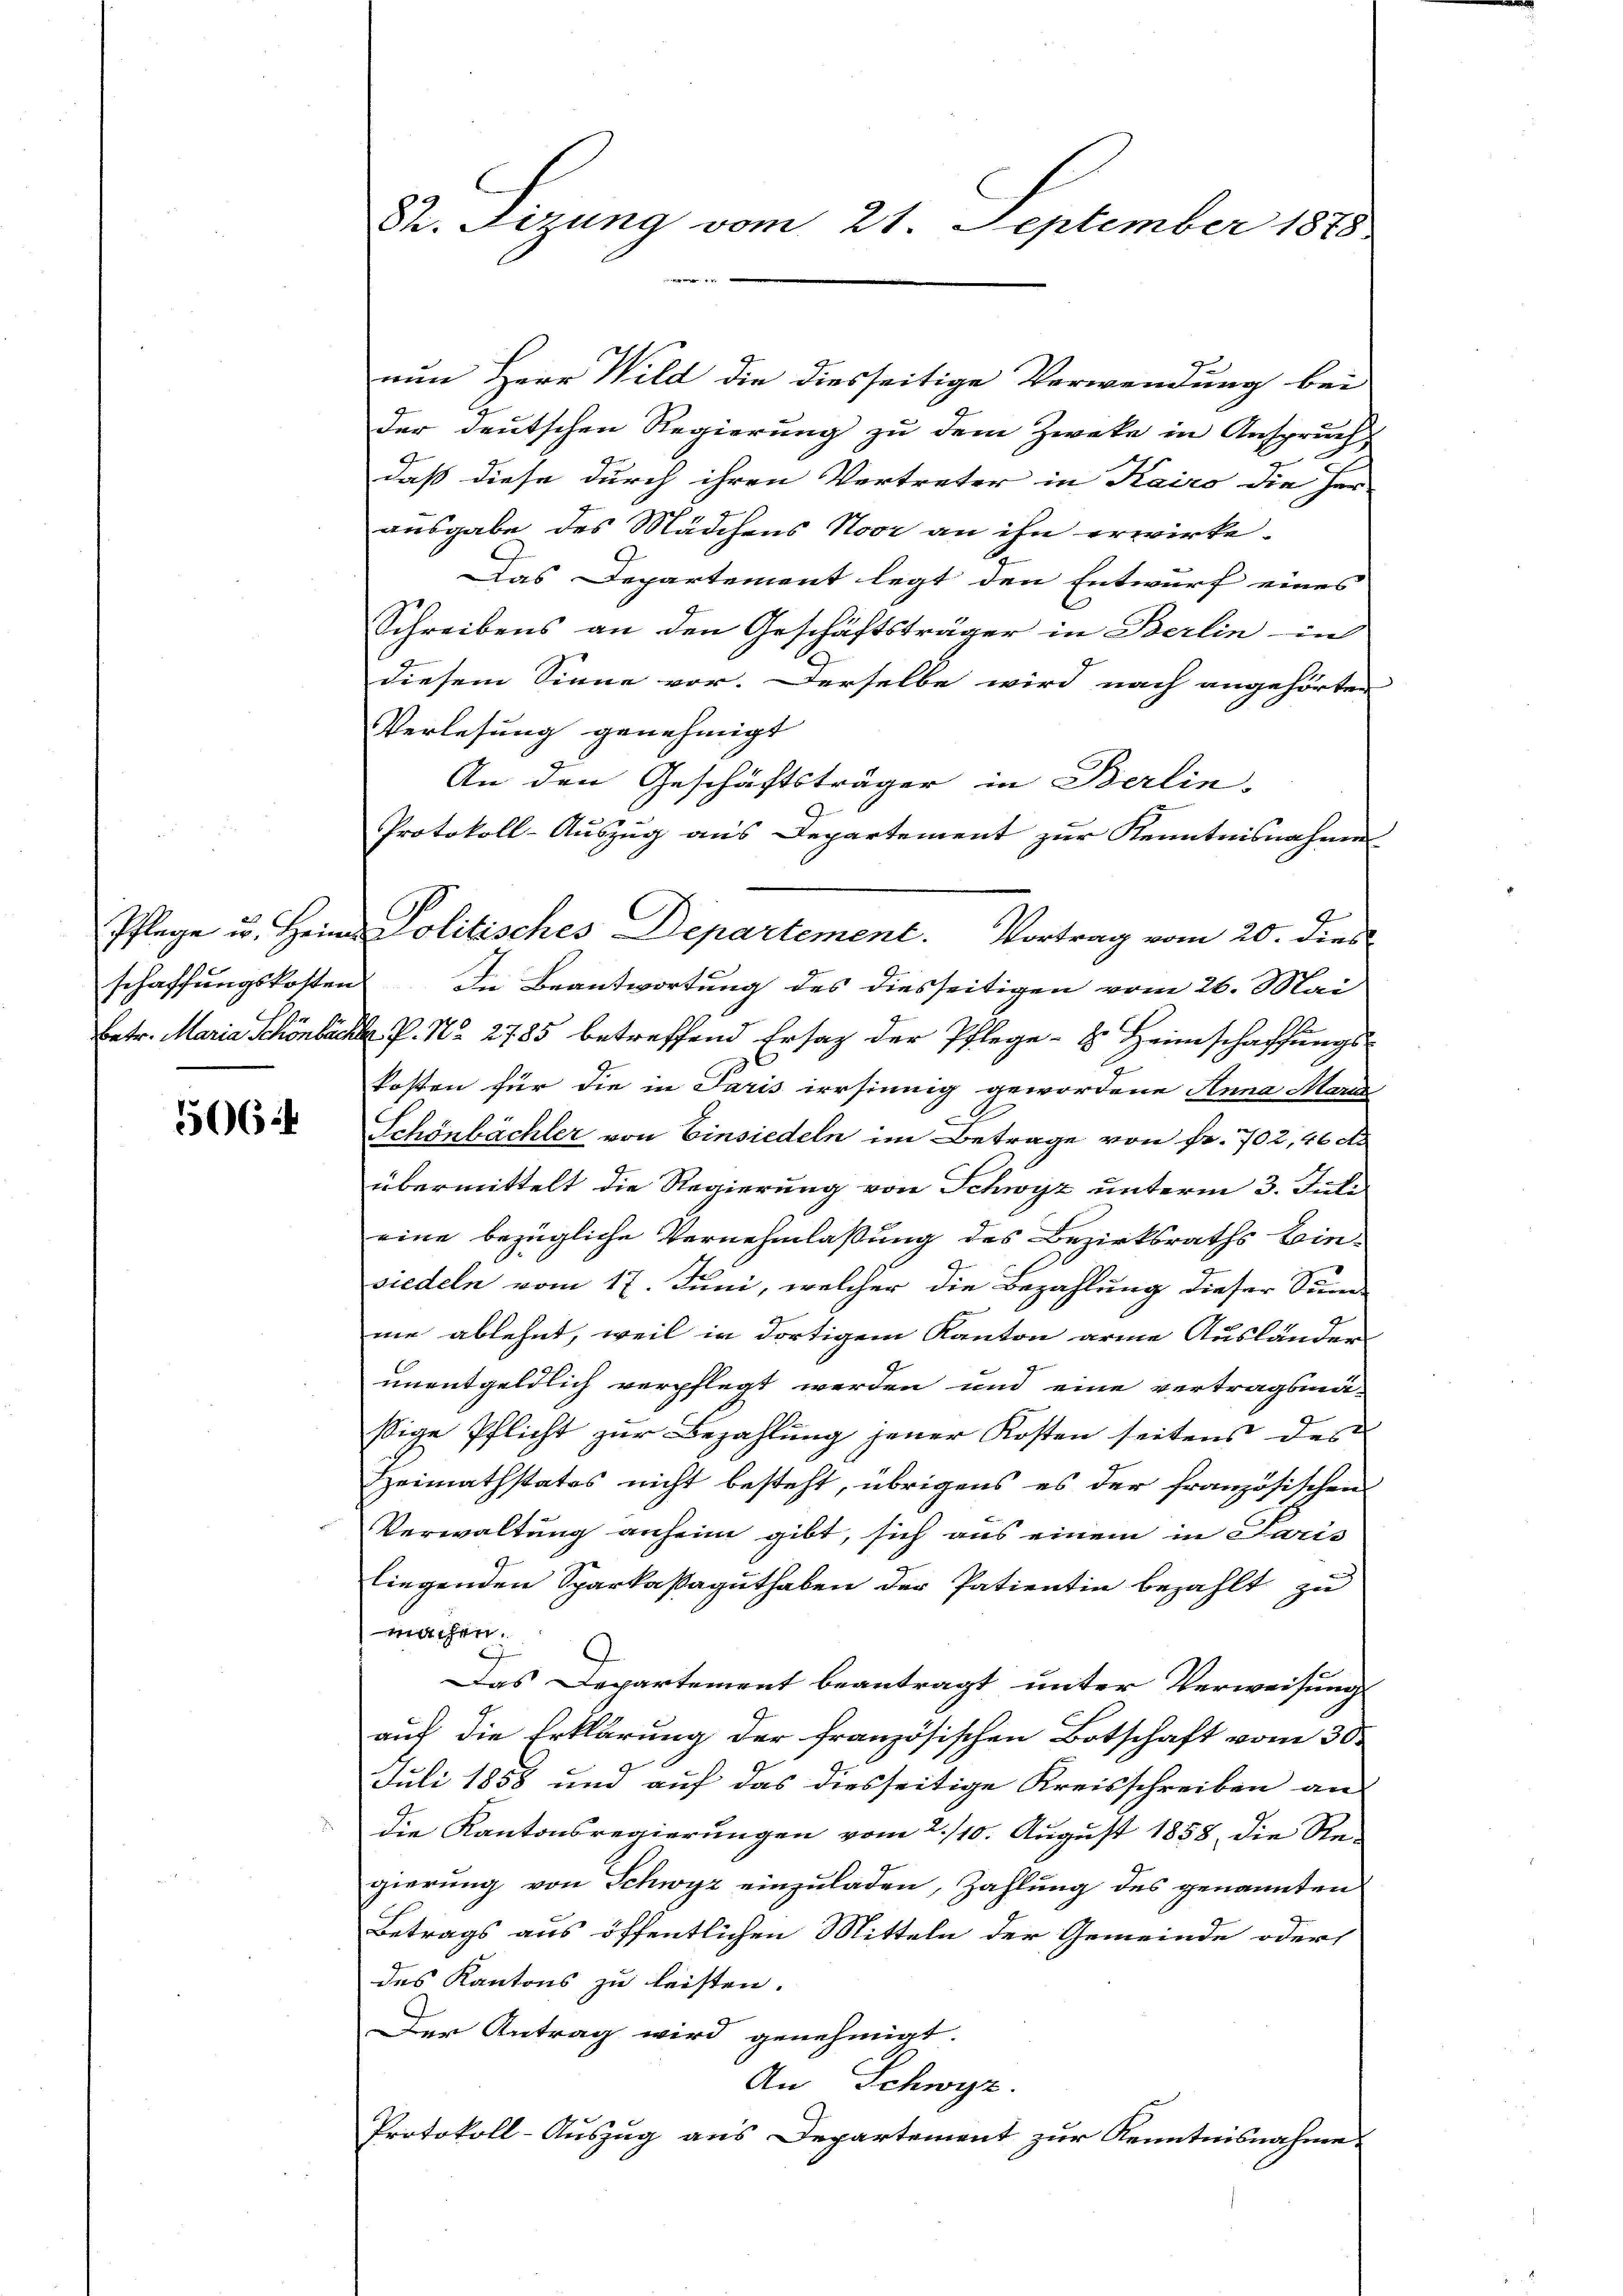
506

82. Sizung vom 21. September 1878
.

nun Herr Wild die diesseitige Verwendung bei
der deutschen Regierung zu dem Zweke in Anspruch
daß diese durch ihren Vertreter in Kairo die Her
ausgabe des Mädchens Noor an ihn erwirke.
.
Das Departement legt den Entwurf eines
Schreibens an den Geschäftsträger in Berlin in
diesem Sinne vor. Derselbe wird nach angehörten
Verlesung genehmigt |
An den Geschäftsträger in Berlin-
Protokoll-Auszug aus Departement zur Kenntnisnahme
9
schaffungskosten. In Beantwortung des diesseitigen vom 26. Mai
betr. Maria Schönbächl. P. Nr. 2785 betreffend Ersatz der Pflege - 8. Heimschaffungskosten für die in Paris irrsinnig gewordene Anna Marie
A
Schönbächler von Einsiedeln im Betrage von Fr. 702, 46 d
übermittelt die Regierung von Schwyz unterm 3. Juli
eine bezügliche Vernehmlassung des Bezirksraths Leinsiedeln vom 17. Juni, welcher die Bezahlung dieser Sund-
me ablehnt, weil in dortigem Kanton arme Ausländer
unentgeldlich verpflegt werden und eine vertragsmä-
sige Pflicht zur Bezahlung jener Kosten seitens des
Heimathstates nicht besteht, übrigens es der französischen
Verwaltung anheim gibt, sich aus einem in Paris
liegenden Sparkassaguthaben der Patientin bezahlt zu
machen.
A
Das Departement beantragt unter Verweisung
auf die Erklärung der französischen Botschaft vom 30.
Juli 1858 und auf das diesseitige Kreisschreiben an
die Kantonsregierungen vom 2./10. August 1858, die Re-
gierung von Schwyz einzuladen, Zahlung des genannten
Betrags aus öffentlichen Mitteln der Gemeinde oder
des Kantons zu leisten.
Der Antrag wird genehmigt.
An Schwyz.
Protokoll-Auszug aus Departement zur Kenntnisnahme

Pflege u. Heim Politisches Departement. Vortrag vom 20. dies